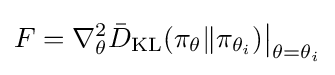
F=\nabla _{\theta }^{2}{\bar {D}}_{\text{KL}}(\pi _{\theta }\|\pi _{\theta _{i}}){\big |}_{\theta =\theta _{i}}